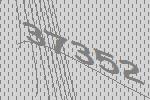
37352